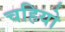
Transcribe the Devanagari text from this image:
चहियो